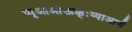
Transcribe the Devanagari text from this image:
प्पृआआंऊक्क्ःय्याआणॅ